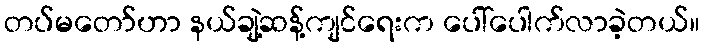
တပ်မတော်ဟာ နယ်ချဲ့ဆန့်ကျင်ရေးက ပေါ်ပေါက်လာခဲ့တယ်။